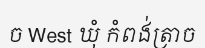
ច West ឃុំ កំពង់ត្រាច